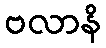
ဗလာနိ